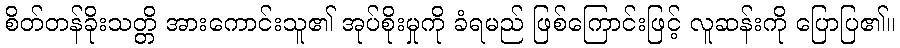
စိတ်တန်ခိုးသတ္တိ အားကောင်းသူ၏ အုပ်စိုးမှုကို ခံရမည် ဖြစ်ကြောင်းဖြင့် လူဆန်းကို ပြောပြ၏။